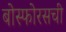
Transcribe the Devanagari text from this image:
बोस्फोरसची